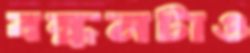
বন্ধনটাও